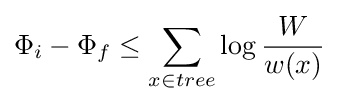
\Phi _{i}-\Phi _{f}\leq \sum _{x\in tree}{\log {\frac {W}{w(x)}}}